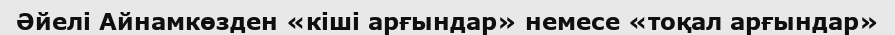
Әйелі Айнамкөзден «кіші арғындар» немесе «тоқал арғындар»